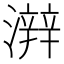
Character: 𤀫